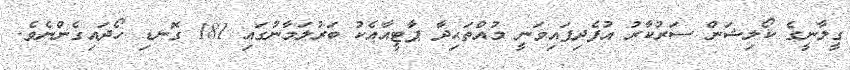
ގީލާނީގެ ކޯލިޝަން ސަރުކާރު އުފެދިފައިވަނީ މުއްތަޙިދާ ޕާޓީއާއެކު ބަރުލަމާނުގައި 181 ގޮނޑި ހޯދައިގެންނެވެ.